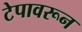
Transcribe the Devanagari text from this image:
टेपावरून